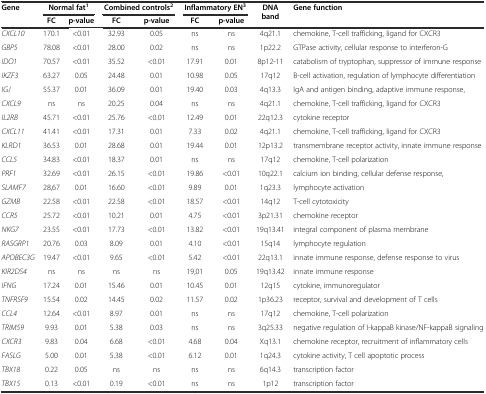
<table><thead><tr><td rowspan="2"><b>Gene</b></td><td colspan="2"><b>Normal fat<sup>1</sup></b></td><td colspan="2"><b>Combined controls<sup>2</sup></b></td><td colspan="2"><b>Inflammatory EN<sup>3</sup></b></td><td rowspan="2"><b>DNA band</b></td><td rowspan="2"><b>Gene function</b></td></tr><tr><td><b>FC</b></td><td><b>p-value</b></td><td><b>FC</b></td><td><b>p-value</b></td><td><b>FC</b></td><td><b>p-value</b></td></tr></thead><tbody><tr><td><i>CXCL10</i></td><td>170.1</td><td>&lt;0.01</td><td>32.93</td><td>0.05</td><td>ns</td><td>ns</td><td>4q21.1</td><td>chemokine, T-cell trafficking, ligand for CXCR3</td></tr><tr><td><i>GBP5</i></td><td>78.08</td><td>&lt;0.01</td><td>28.00</td><td>0.02</td><td>ns</td><td>ns</td><td>1p22.2</td><td>GTPase activity, cellular response to interferon-G</td></tr><tr><td><i>IDO1</i></td><td>70.57</td><td>&lt;0.01</td><td>35.52</td><td>&lt;0.01</td><td>17.91</td><td>0.01</td><td>8p12-11</td><td>catabolism of tryptophan, suppressor of immune response</td></tr><tr><td><i>IKZF3</i></td><td>63.27</td><td>0.05</td><td>24.48</td><td>0.01</td><td>10.98</td><td>0.05</td><td>17q12</td><td>B-cell activation, regulation of lymphocyte differentiation</td></tr><tr><td><i>IGJ</i></td><td>55.37</td><td>0.01</td><td>36.09</td><td>0.01</td><td>19.40</td><td>0.03</td><td>4q13.3</td><td>IgA and antigen binding, adaptive immune response,</td></tr><tr><td><i>CXCL9</i></td><td>ns</td><td>ns</td><td>20.25</td><td>0.04</td><td>ns</td><td>ns</td><td>4q21.1</td><td>chemokine, T-cell trafficking, ligand for CXCR3</td></tr><tr><td><i>IL2RB</i></td><td>45.71</td><td>&lt;0.01</td><td>25.76</td><td>&lt;0.01</td><td>12.49</td><td>0.01</td><td>22q12.3</td><td>cytokine receptor</td></tr><tr><td><i>CXCL11</i></td><td>41.41</td><td>&lt;0.01</td><td>17.31</td><td>0.01</td><td>7.33</td><td>0.02</td><td>4q21.1</td><td>chemokine, T-cell trafficking, ligand for CXCR3</td></tr><tr><td><i>KLRD1</i></td><td>36.53</td><td>0.01</td><td>28.68</td><td>0.01</td><td>19.44</td><td>0.01</td><td>12p13.2</td><td>transmembrane receptor activity, innate immune response</td></tr><tr><td><i>CCL5</i></td><td>34.83</td><td>&lt;0.01</td><td>18.37</td><td>0.01</td><td>ns</td><td>ns</td><td>17q12</td><td>chemokine, T-cell polarization</td></tr><tr><td><i>PRF1</i></td><td>32.69</td><td>&lt;0.01</td><td>26.15</td><td>&lt;0.01</td><td>19.86</td><td>&lt;0.01</td><td>10q22.1</td><td>calcium ion binding, cellular defense response,</td></tr><tr><td><i>SLAMF7</i></td><td>28,67</td><td>0.01</td><td>16.60</td><td>&lt;0.01</td><td>9.89</td><td>0.01</td><td>1q23.3</td><td>lymphocyte activation</td></tr><tr><td><i>GZMB</i></td><td>22.58</td><td>&lt;0.01</td><td>22.58</td><td>&lt;0.01</td><td>18.57</td><td>&lt;0.01</td><td>14q12</td><td>T-cell cytotoxicity</td></tr><tr><td><i>CCR5</i></td><td>25.72</td><td>&lt;0.01</td><td>10.21</td><td>0.01</td><td>4.75</td><td>&lt;0.01</td><td>3p21.31</td><td>chemokine receptor</td></tr><tr><td><i>NKG7</i></td><td>23.55</td><td>&lt;0.01</td><td>17.73</td><td>&lt;0.01</td><td>13.82</td><td>&lt;0.01</td><td>19q13.41</td><td>integral component of plasma membrane</td></tr><tr><td><i>RASGRP1</i></td><td>20.76</td><td>0.03</td><td>8.09</td><td>0.01</td><td>4.10</td><td>&lt;0.01</td><td>15q14</td><td>lymphocyte regulation</td></tr><tr><td><i>APOBEC3G</i></td><td>19.47</td><td>&lt;0.01</td><td>9.65</td><td>&lt;0.01</td><td>5.42</td><td>&lt;0.01</td><td>22q13.1</td><td>innate immune response, defense response to virus</td></tr><tr><td><i>KIR2DS4</i></td><td>ns</td><td>ns</td><td>ns</td><td>ns</td><td>19,01</td><td>0.05</td><td>19q13.42</td><td>innate immune response</td></tr><tr><td><i>IFNG</i></td><td>17.24</td><td>0.01</td><td>15.46</td><td>0.01</td><td>10.45</td><td>0.01</td><td>12q15</td><td>cytokine, immunoregulator</td></tr><tr><td><i>TNFRSF9</i></td><td>15.54</td><td>0.02</td><td>14.45</td><td>0.02</td><td>11.57</td><td>0.02</td><td>1p36.23</td><td>receptor, survival and development of T cells</td></tr><tr><td><i>CCL4</i></td><td>12.64</td><td>&lt;0.01</td><td>8.97</td><td>0.01</td><td>ns</td><td>ns</td><td>17q12</td><td>chemokine, T-cell polarization</td></tr><tr><td><i>TRIM59</i></td><td>9.93</td><td>0.01</td><td>5.38</td><td>0.03</td><td>ns</td><td>ns</td><td>3q25.33</td><td>negative regulation of I-kappaB kinase/NF-kappaB signaling</td></tr><tr><td><i>CXCR3</i></td><td>9.83</td><td>0.04</td><td>6.68</td><td>&lt;0.01</td><td>4.68</td><td>0.04</td><td>Xq13.1</td><td>chemokine receptor, recruitment of inflammatory cells</td></tr><tr><td><i>FASLG</i></td><td>5.00</td><td>0.01</td><td>5.38</td><td>&lt;0.01</td><td>6.12</td><td>0.01</td><td>1q24.3</td><td>cytokine activity, T cell apoptotic process</td></tr><tr><td><i>TBX18</i></td><td>0.22</td><td>0.05</td><td>ns</td><td>ns</td><td>ns</td><td>ns</td><td>6q14.3</td><td>transcription factor</td></tr><tr><td><i>TBX15</i></td><td>0.13</td><td>&lt;0.01</td><td>0.19</td><td>&lt;0.01</td><td>ns</td><td>ns</td><td>1p12</td><td>transcription factor</td></tr></tbody></table>